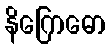
နိဂြောဓော